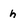
Character: h